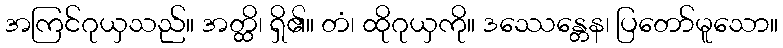
အကြင်ဂုယှသည်။ အတ္ထိ၊ ရှိ၏။ တံ၊ ထိုဂုယှကို။ ဒဿေန္တေန၊ ပြတော်မူသော။